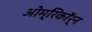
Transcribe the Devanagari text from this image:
ओम्रिकॉर्न